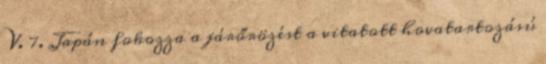
V. 7. Japán fokozza a járőrözést a vitatott hovatartozású